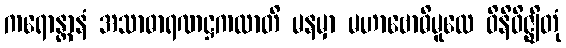
ကရောန္တာနံ အသာဓာရဏဋ္ဌကထာတိ မနမှာ မဟာဗောဓိမူလေ ဝိနိဝိဇ္ဈိတုံ